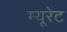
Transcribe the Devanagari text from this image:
म्यूरेट